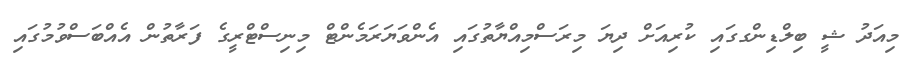
މިއަދު ޝީ ބިލްޑިންގގައި ކުރިއަށް ދިޔަ މިރަސްމިއްޔާތުގައި އެންވަޔަރަމެންޓް މިނިސްޓްރީގެ ފަރާތުން އެއްބަސްވުމުގައި